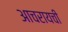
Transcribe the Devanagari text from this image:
आचरायची